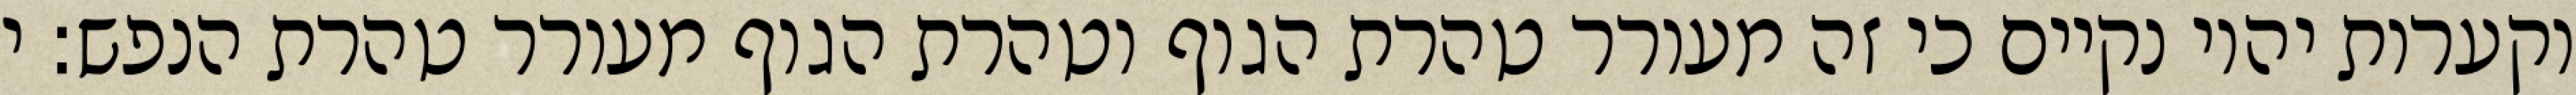
וקערות יהיו נקיים כי זה מעורר טהרת הגוף וטהרת הגוף מעורר טהרת הנפש: י